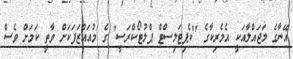
އޭނާގެ މަޖައްލާއަކީ އެމެރިކާގެ "ކެޕިޓަލިސްޓް ޕްލުޓޯކްރަސީ" ގެ މުއައްޒަފަކަށް ވާތީ ކަމަށް ވެސް